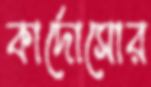
কার্দোসোর